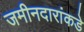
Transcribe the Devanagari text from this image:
जमीनदारांकडे